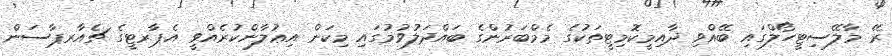
ރޭ މާލޭސިޓީހޯލްގައި ބޭއްވި ދާއިމީކޮމިޓީތަކުގެ މެމްބަރުންގެ ބައްދަލުވުމުގައި މިކަން އިޢުލާންކުރެއްވީ އެޕާރޓީގެ ޗެއާރޕާސަން